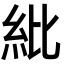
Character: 紕